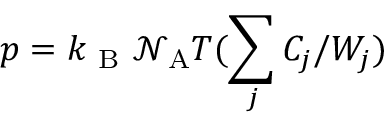
p = k _ { \mathrm { ~ B ~ } } \mathcal { N } _ { \mathrm { A } } T ( \sum _ { j } C _ { j } / W _ { j } )